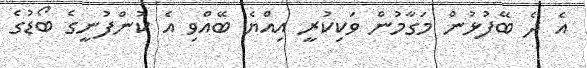
އެ ދެ ބޭފުޅުން މަގާމުން ވަކިކުރީ އިއްޔެ ބޭއްވި އެ ކުންފުނީގެ ބޯޑުގެ